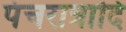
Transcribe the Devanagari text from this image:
पंचरात्रादि